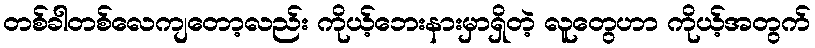
တစ်ခါတစ်လေကျတော့လည်း ကိုယ့်ဘေးနားမှာရှိတဲ့ လူတွေဟာ ကိုယ့်အတွက်